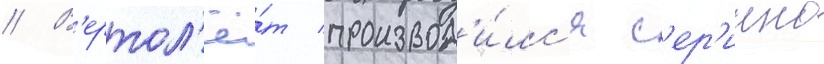
// В'ертол'ё́т производ'и́лс'я с'ер'иино